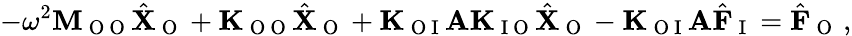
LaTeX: -\omega^{2}\mathbf{M}_{\mathrm{~O~O~}}\hat{\mathbf{X}}_{\mathrm{~O~}}+\mathbf{K}_{\mathrm{~O~O~}}\hat{\mathbf{X}}_{\mathrm{~O~}}+\mathbf{K}_{\mathrm{~O~I~}}\mathbf{A}\mathbf{K}_{\mathrm{~I~O~}}\hat{\mathbf{X}}_{\mathrm{~O~}}-\mathbf{K}_{\mathrm{~O~I~}}\mathbf{A}\hat{\mathbf{F}}_{\mathrm{~I~}}=\hat{\mathbf{F}}_{\mathrm{~O~}}\, ,